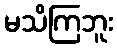
မသိကြဘူး